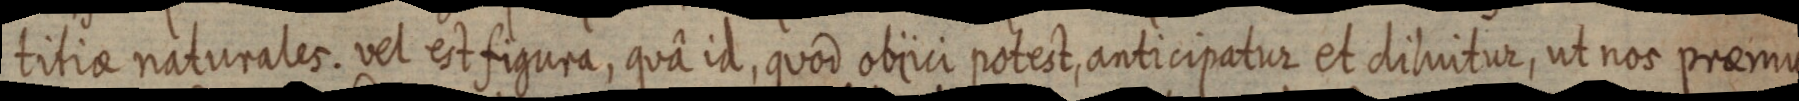
titia naturales. vel est figura, quâ id, quod obiici potest, anticipatur et diluitur, ut nos praemu